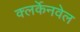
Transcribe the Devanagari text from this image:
क्लर्केनवेल